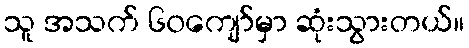
သူ အသက် ၆၀ကျော်မှာ ဆုံးသွားတယ်။